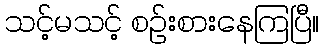
သင့်မသင့် စဉ်းစားနေကြပြီ။